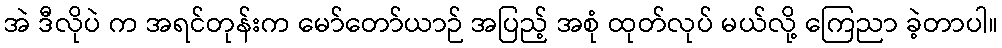
အဲ ဒီလိုပဲ က အရင်တုန်းက မော်တော်ယာဉ် အပြည့် အစုံ ထုတ်လုပ် မယ်လို့ ကြေညာ ခဲ့တာပါ။